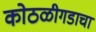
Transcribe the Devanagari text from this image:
कोठळीगडाचा